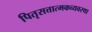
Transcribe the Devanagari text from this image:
पितृसत्तात्मकव्यवस्था